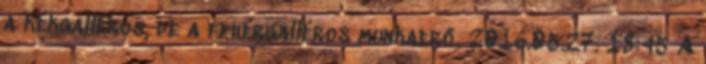
a kékgalléros, de a fehérgalléros munkaerő. 2016.05.27. 18:45 A